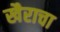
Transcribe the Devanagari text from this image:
खैराचा